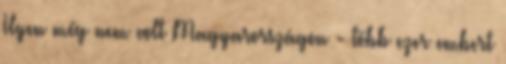
Ilyen még nem volt Magyarországon - több ezer embert